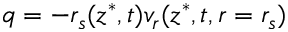
q = - r _ { s } ( z ^ { * } , t ) v _ { r } ( z ^ { * } , t , r = r _ { s } )